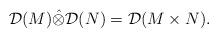
LaTeX: \begin{align*}\mathcal{D} (M) \hat\otimes \mathcal{D} (N) = \mathcal{D} (M \times N).\end{align*}